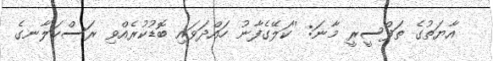
އާޔަތުގެ ތަފްސީރީ މާނަ: ''ކަލޭގެފާނު ހައްދަވައި ބޮޑުކުރެއްވި ރަސްކަލާނގެ